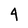
Character: 4